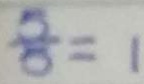
\frac { 5 } { 5 } = 1